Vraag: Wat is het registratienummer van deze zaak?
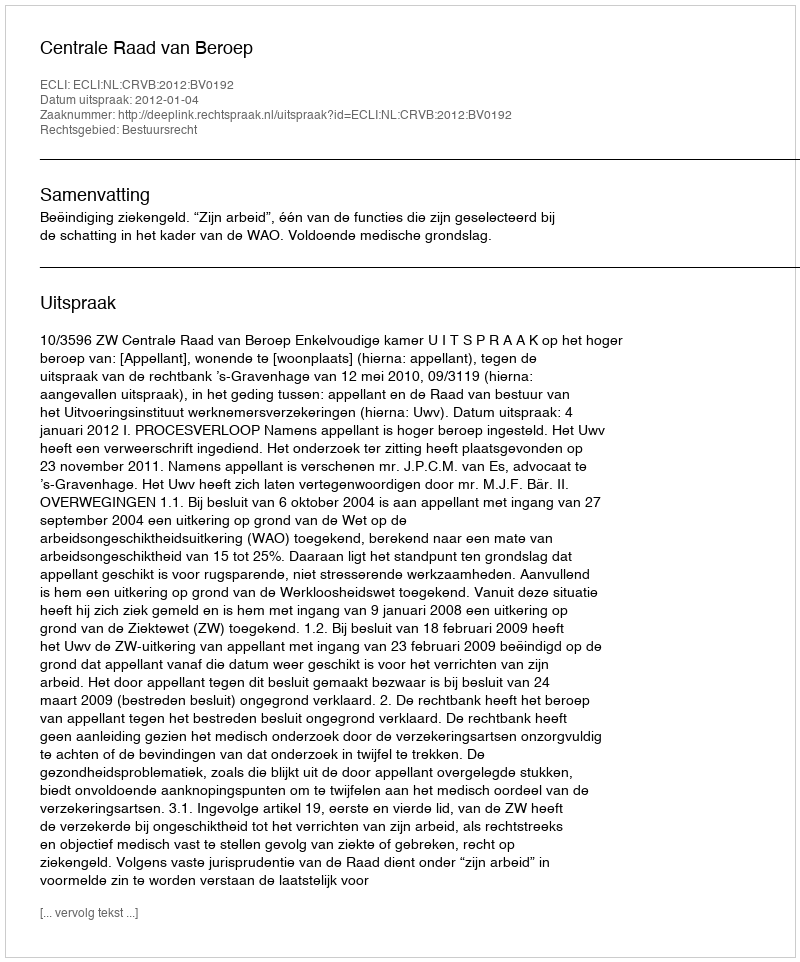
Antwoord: http://deeplink.rechtspraak.nl/uitspraak?id=ECLI:NL:CRVB:2012:BV0192